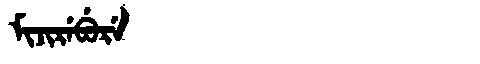
Manchu: ᠮᡳᠵᡳᡵᡝᠪᡠᡵᡝ
Romanization: MIJIREBURE